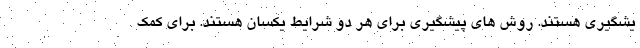
یشگیری هستند. روش های پیشگیری برای هر دو شرایط یکسان هستند. برای کمک